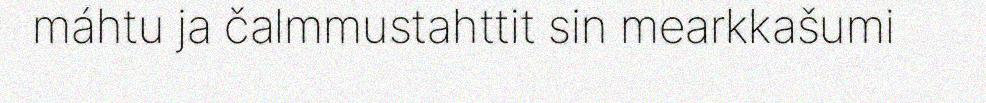
máhtu ja čalmmustahttit sin mearkkašumi